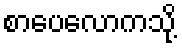
စာပေလောကသို့